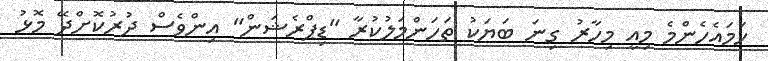
ހަމައެހެންމެ މިއީ މިހާރު ގިނަ ބަޔަކު ތަހަންމަލުކުރާ "ޑިޕްރެޝަން" އިންވެސް ދުރުކޮށްދޭ މޮޅު